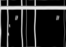
: "        "